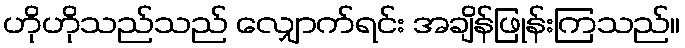
ဟိုဟိုသည်သည် လျှောက်ရင်း အချိန်ဖြုန်းကြသည်။